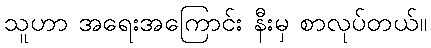
သူဟာ အရေးအကြောင်း နီးမှ စာလုပ်တယ်။